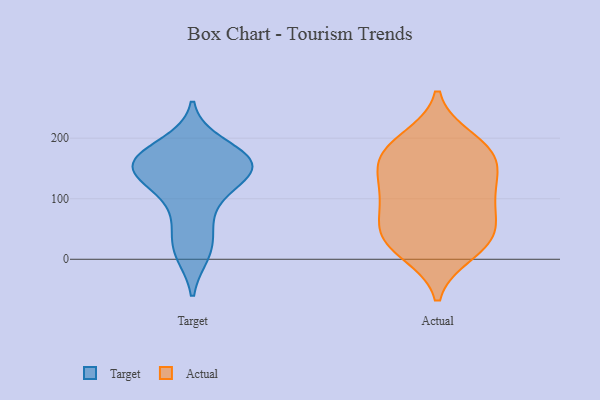
{"axis": {"x": "Satisfaction Score", "y": "Value"}, "legend": ["Actual", "Target"], "data": [{"x": "", "y": 11, "type": "Target"}, {"x": "", "y": 148, "type": "Target"}, {"x": "", "y": 163, "type": "Target"}, {"x": "", "y": 55, "type": "Target"}, {"x": "", "y": 160, "type": "Target"}, {"x": "", "y": 189, "type": "Target"}, {"x": "", "y": 167, "type": "Target"}, {"x": "", "y": 148, "type": "Target"}, {"x": "", "y": 120, "type": "Target"}, {"x": "", "y": 149, "type": "Target"}, {"x": "", "y": 157, "type": "Target"}, {"x": "", "y": 95, "type": "Target"}, {"x": "", "y": 18, "type": "Target"}, {"x": "", "y": 197, "type": "Actual"}, {"x": "", "y": 49, "type": "Actual"}, {"x": "", "y": 177, "type": "Actual"}, {"x": "", "y": 157, "type": "Actual"}, {"x": "", "y": 121, "type": "Actual"}, {"x": "", "y": 41, "type": "Actual"}, {"x": "", "y": 92, "type": "Actual"}, {"x": "", "y": 39, "type": "Actual"}, {"x": "", "y": 12, "type": "Actual"}, {"x": "", "y": 168, "type": "Actual"}, {"x": "", "y": 178, "type": "Actual"}, {"x": "", "y": 92, "type": "Actual"}, {"x": "", "y": 118, "type": "Actual"}, {"x": "", "y": 24, "type": "Actual"}]}